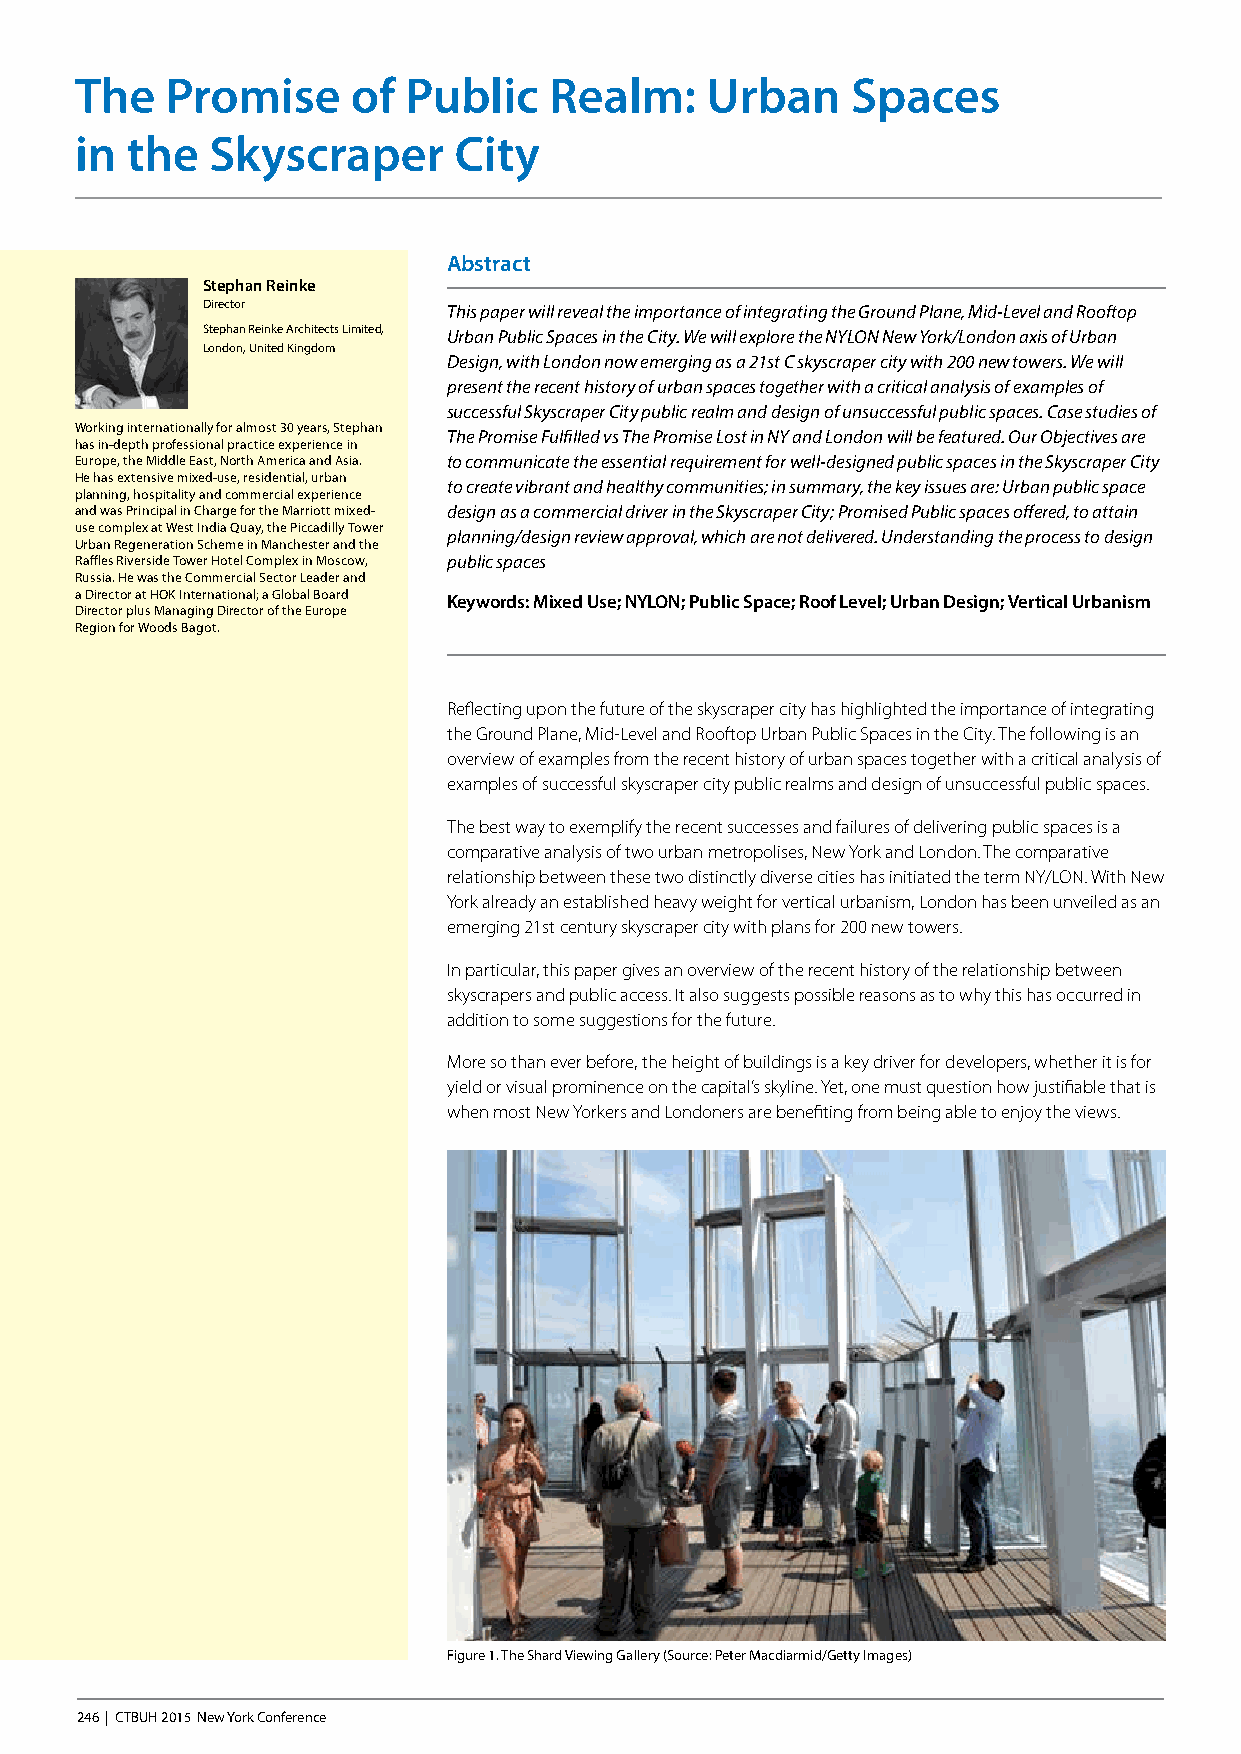
The   Promise     of  Public   Realm:     Urban    Spaces
 in the   Skyscraper      City
 Abstract
 Stephan Reinke
 Director         This paper will reveal the importance of integrating the Ground Plane, Mid-Level and Rooftop
 Stephan Reinke Architects Limited, Urban Public Spaces in the City. We will explore the NYLON New York/London axis of Urban
 London, United Kingdom
 Design, with London now emerging as a 21st C skyscraper city with 200 new towers. We will
 present the recent history of urban spaces together with a critical analysis of examples of
 successful Skyscraper City public realm and design of unsuccessful public spaces. Case studies of
 Working internationally for almost 30 years, Stephan
 The Promise Fulfilled vs The Promise Lost in NY and London will be featured. Our Objectives are
 has in-depth professional practice experience in
 Europe, the Middle East, North America and Asia. to communicate the essential requirement for well-designed public spaces in the Skyscraper City
 He has extensive mixed-use, residential, urban
 to create vibrant and healthy communities; in summary, the key issues are: Urban public space
 planning, hospitality and commercial experience
 and was Principal in Charge for the Marriott mixed- design as a commercial driver in the Skyscraper City; Promised Public spaces offered, to attain
 use complex at West India Quay, the Piccadilly Tower
 planning/design review approval, which are not delivered. Understanding the process to design
 Urban Regeneration Scheme in Manchester and the
 Raffles Riverside Tower Hotel Complex in Moscow, public spaces
 Russia. He was the Commercial Sector Leader and
 a Director at HOK International; a Global Board Keywords: Mixed Use; NYLON; Public Space; Roof Level; Urban Design; Vertical Urbanism
 Director plus Managing Director of the Europe
 Region for Woods Bagot.
 Reflecting upon the future of the skyscraper city has highlighted the importance of integrating
 the Ground Plane, Mid-Level and Rooftop Urban Public Spaces in the City. The following is an
 overview of examples from the recent history of urban spaces together with a critical analysis of
 examples of successful skyscraper city public realms and design of unsuccessful public spaces.
 The best way to exemplify the recent successes and failures of delivering public spaces is a
 comparative analysis of two urban metropolises, New York and London. The comparative
 relationship between these two distinctly diverse cities has initiated the term NY/LON. With New
 York already an established heavy weight for vertical urbanism, London has been unveiled as an
 emerging 21st century skyscraper city with plans for 200 new towers.
 In particular, this paper gives an overview of the recent history of the relationship between
 skyscrapers and public access. It also suggests possible reasons as to why this has occurred in
 addition to some suggestions for the future.
 More so than ever before, the height of buildings is a key driver for developers, whether it is for
 yield or visual prominence on the capital’s skyline. Yet, one must question how justifiable that is
 when most New Yorkers and Londoners are benefiting from being able to enjoy the views.
 Figure 1. The Shard Viewing Gallery (Source: Peter Macdiarmid/Getty Images)
 246 | CTBUH 2015 New York Conference